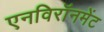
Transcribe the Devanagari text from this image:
एनविरॉनमेंट